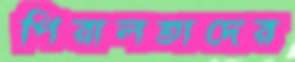
পিরালতাদের